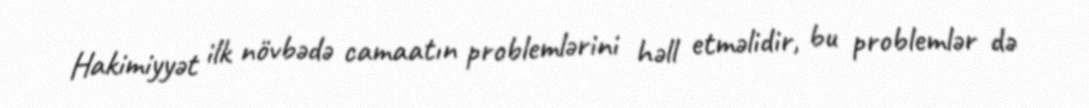
Hakimiyyət ilk növbədə camaatın problemlərini həll etməlidir, bu problemlər də